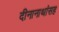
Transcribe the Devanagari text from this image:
दीनानाथांसह